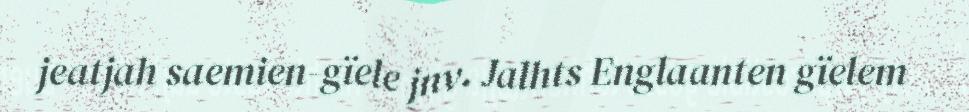
jeatjah saemien-gïele jnv. Jalhts Englaanten gïelem